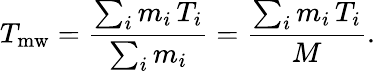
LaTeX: T_{\mathrm{mw}}=\frac{\sum_{i}m_{i}\, T_{i}}{\sum_{i}m_{i}}=\frac{\sum_{i}m_{i}\, T_{i}}{M}.